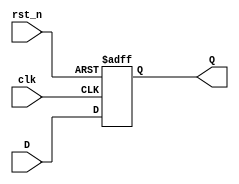
// --------------------------------------------------------------------------------
//  Company: MSI
//  Design Name: 
//  Module Name:    reg - Behavioral 
//  Project Name: 
//  Target Devices: 
//  Tool versions: 
//  Description: 
// --------------------------------------------------------------------------------
`define false 1'b 0
`define FALSE 1'b 0
`define true 1'b 1
`define TRUE 1'b 1

`timescale 1 ns / 1 ns // timescale for following modules


module _reg_ (
   clk,
   rst_n,
   D,
   Q);
 
parameter N = 16;

input   clk; 
input   rst_n; 
input   [N - 1:0] D; 
output   [N - 1:0] Q; 

reg     [N - 1:0] Q; 


always @(posedge clk or negedge rst_n)
   begin : reg_p
   if (rst_n === 1'b 0)
      begin
      Q <= {(N - 1 - 0 + 1){1'b 0}};   
      end
   else if (clk === 1'b 1 )
      begin
      Q <= D;   
      end
   end


endmodule // module _reg_